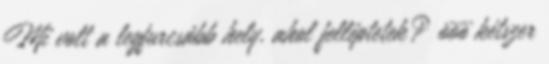
Mi volt a legfurcsább hely, ahol felléptetek? ööö kétszer